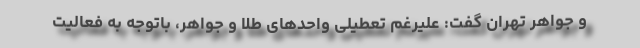
و جواهر تهران گفت: علیرغم تعطیلی واحدهای طلا و جواهر، باتوجه به فعالیت